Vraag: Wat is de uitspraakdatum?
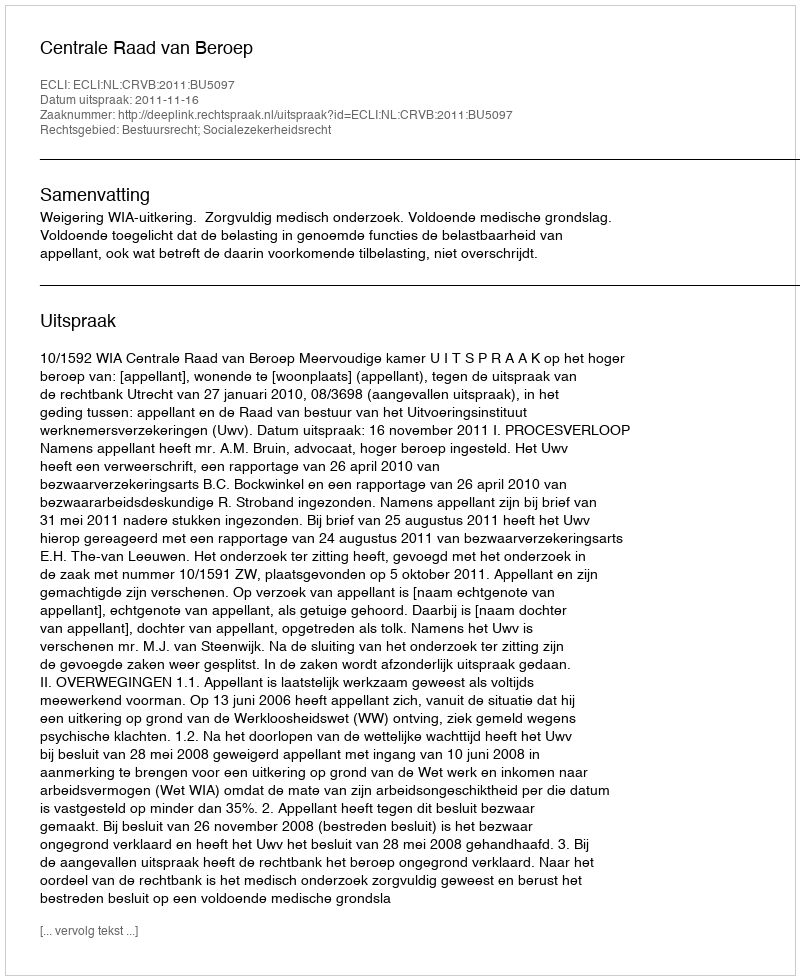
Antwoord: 2011-11-16